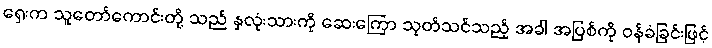
ရှေးက သူတော်ကောင်းတို့ သည် နှလုံးသားကို ဆေးကြော သုတ်သင်သည့် အခါ အပြစ်ကို ဝန်ခံခြင်းဖြင့်